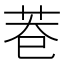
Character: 𮎨